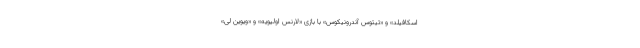
اسکافیلد» و «تیتوس آندرونیکوس» با بازی «لارنس اولیویه» و «ویوین لی»